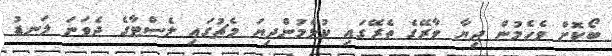
ބޯކޮށް ވެހެމުން ދިޔާ ވާރޭގެ ތެރޭގައި ކުޅެމުންދިޔަ މެޗުގައި ލެސްޓާގެ ދެވަނަ ލަނޑު